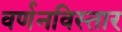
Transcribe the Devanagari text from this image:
वर्णनविस्तार